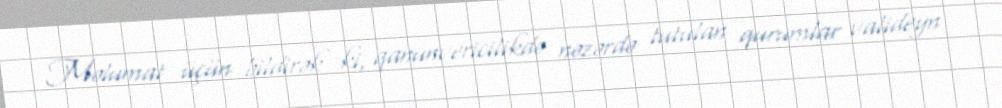
Məlumat üçün bildirək ki, qanunvericilikdə nəzərdə tutulan qurumlar valideyn